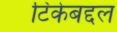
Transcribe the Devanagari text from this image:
टिकेबद्दल